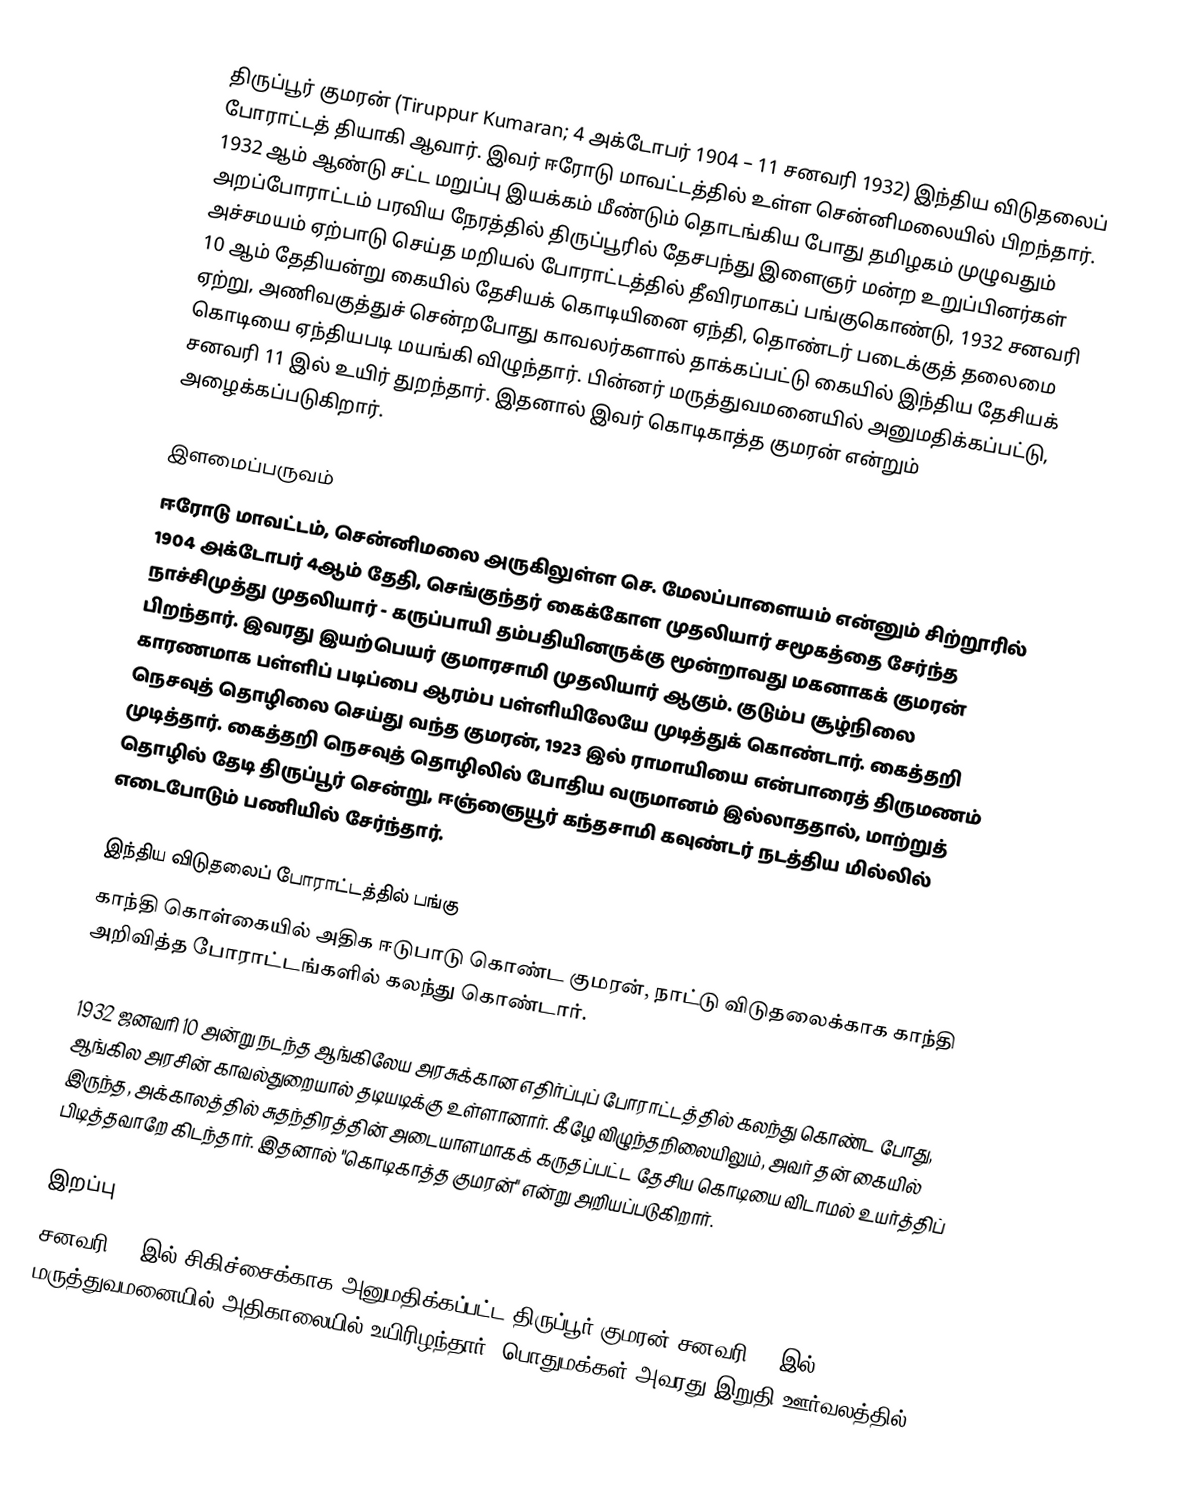
திருப்பூர் குமரன் (Tiruppur Kumaran; 4 அக்டோபர் 1904 – 11 சனவரி 1932) இந்திய விடுதலைப் போராட்டத் தியாகி ஆவார். இவர் ஈரோடு மாவட்டத்தில் உள்ள சென்னிமலையில் பிறந்தார். 1932 ஆம் ஆண்டு சட்ட மறுப்பு இயக்கம் மீண்டும் தொடங்கிய போது தமிழகம் முழுவதும் அறப்போராட்டம் பரவிய நேரத்தில் திருப்பூரில் தேசபந்து இளைஞர் மன்ற உறுப்பினர்கள் அச்சமயம் ஏற்பாடு செய்த மறியல் போராட்டத்தில் தீவிரமாகப் பங்குகொண்டு, 1932 சனவரி 10 ஆம் தேதியன்று கையில் தேசியக் கொடியினை ஏந்தி, தொண்டர் படைக்குத் தலைமை ஏற்று, அணிவகுத்துச் சென்றபோது காவலர்களால் தாக்கப்பட்டு கையில் இந்திய தேசியக் கொடியை ஏந்தியபடி மயங்கி விழுந்தார். பின்னர் மருத்துவமனையில் அனுமதிக்கப்பட்டு, சனவரி 11 இல் உயிர் துறந்தார். இதனால் இவர் கொடிகாத்த குமரன் என்றும் அழைக்கப்படுகிறார்.

இளமைப்பருவம்
ஈரோடு மாவட்டம், சென்னிமலை அருகிலுள்ள  செ. மேலப்பாளையம் என்னும் சிற்றூரில் 1904 அக்டோபர் 4ஆம் தேதி, செங்குந்தர் கைக்கோள முதலியார் சமூகத்தை சேர்ந்த நாச்சிமுத்து முதலியார் - கருப்பாயி தம்பதியினருக்கு மூன்றாவது மகனாகக் குமரன் பிறந்தார். இவரது இயற்பெயர் குமாரசாமி முதலியார் ஆகும். குடும்ப சூழ்நிலை காரணமாக பள்ளிப் படிப்பை ஆரம்ப பள்ளியிலேயே முடித்துக் கொண்டார். கைத்தறி நெசவுத் தொழிலை செய்து வந்த குமரன், 1923 இல்  ராமாயியை என்பாரைத் திருமணம் முடித்தார். கைத்தறி நெசவுத் தொழிலில் போதிய வருமானம் இல்லாததால், மாற்றுத் தொழில் தேடி திருப்பூர் சென்று, ஈஞ்ஞையூர் கந்தசாமி கவுண்டர் நடத்திய மில்லில் எடைபோடும் பணியில் சேர்ந்தார்.

இந்திய விடுதலைப் போராட்டத்தில் பங்கு
காந்தி கொள்கையில் அதிக ஈடுபாடு கொண்ட குமரன், நாட்டு விடுதலைக்காக காந்தி அறிவித்த போராட்டங்களில் கலந்து கொண்டார்.

1932 ஜனவரி 10 அன்று நடந்த ஆங்கிலேய அரசுக்கான எதிர்ப்புப் போராட்டத்தில் கலந்து கொண்ட போது, ஆங்கில அரசின் காவல்துறையால் தடியடிக்கு உள்ளானார்.  கீழே விழுந்தநிலையிலும், அவர் தன் கையில் இருந்த, அக்காலத்தில் சுதந்திரத்தின் அடையாளமாகக் கருதப்பட்ட தேசிய கொடியை விடாமல் உயர்த்திப் பிடித்தவாறே கிடந்தார். இதனால் "கொடிகாத்த குமரன்" என்று அறியப்படுகிறார்.

இறப்பு
சனவரி 10 இல் சிகிச்சைக்காக அனுமதிக்கப்பட்ட திருப்பூர் குமரன் சனவரி 11 இல் மருத்துவமனையில் அதிகாலையில் உயிரிழந்தார். பொதுமக்கள் அவரது இறுதி ஊர்வலத்தில்